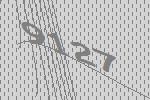
9127